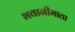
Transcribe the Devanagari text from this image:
भवानीमाता